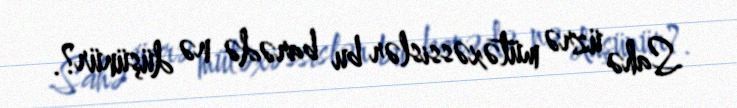
Sahə üzrə mütəxəssislər bu barədə nə düşünür?.